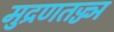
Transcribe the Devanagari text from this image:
मुद्रणतज्ज्ञ